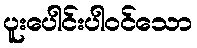
ပူးပေါင်းပါဝင်သော